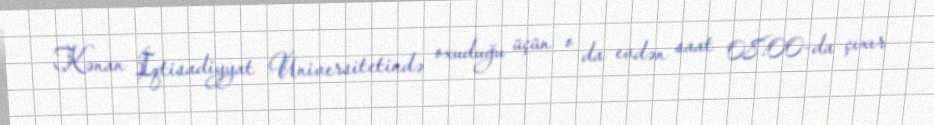
Kənan İqtisadiyyat Universitetində oxuduğu üçün o da evdən saat 08:00-da çıxır